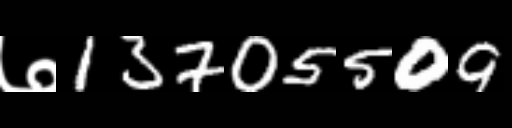
Text: ७13705509